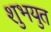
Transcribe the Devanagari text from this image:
शुभयुत